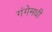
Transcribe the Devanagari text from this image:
गंगेमधी